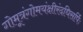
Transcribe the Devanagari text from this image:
गोमूत्रंगोमयंक्षीरंदधिसर्पिः